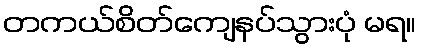
တကယ်စိတ်ကျေနပ်သွားပုံ မရ။